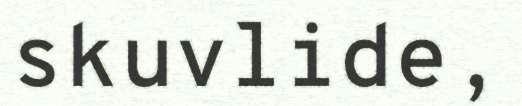
skuvlide,